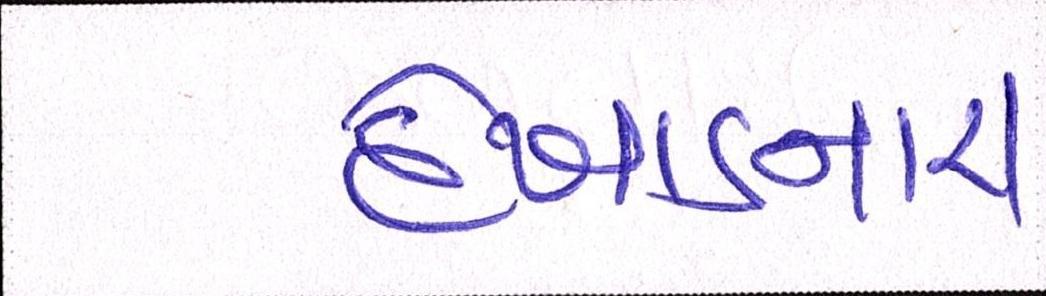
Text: દેખાડનારો